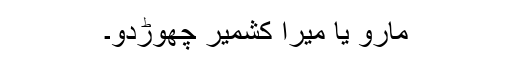
مارو یا میرا کشمیر چھوڑدو۔